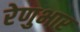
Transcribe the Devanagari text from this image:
रेणुभार